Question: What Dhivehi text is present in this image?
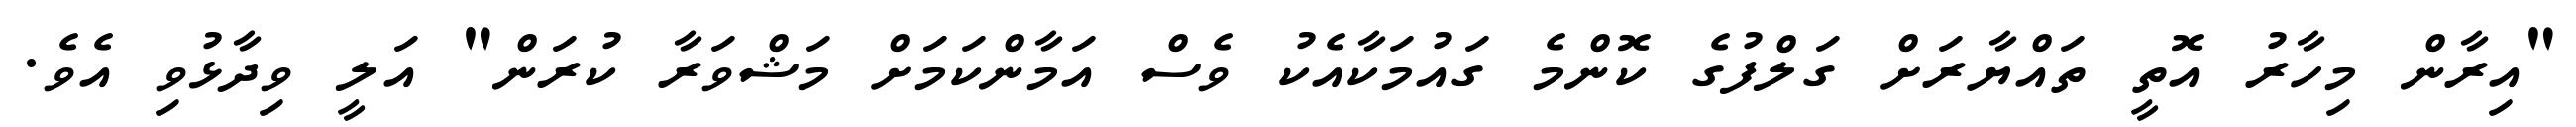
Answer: "އިރާން މިހާރު އޮތީ ތައްޔާރަށް ގަލްފުގެ ކޮންމެ ގައުމަކާއެކު ވެސް އަމާންކަމަށް މަޝްވަރާ ކުރަން" އަލީ ވިދާޅުވި އެވެ.